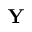
\bf Y